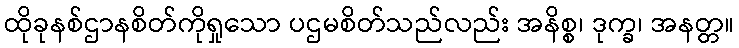
ထိုခုနစ်ဌာနစိတ်ကိုရှုသော ပဌမစိတ်သည်လည်း အနိစ္စ၊ ဒုက္ခ၊ အနတ္တ။